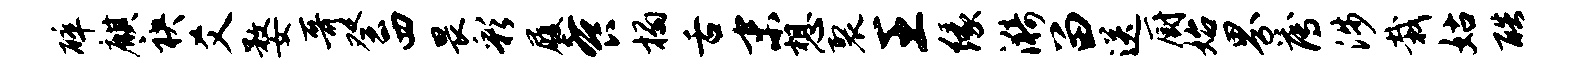
碎麒袂爻婺哥癸西畏彩履餐榻舌末想裂王缘漪留送厨始界薄涉栽姑酷